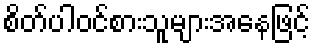
စိတ်ပါဝင်စားသူများအနေဖြင့်